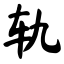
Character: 轨